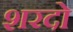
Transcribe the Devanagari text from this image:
शरदो